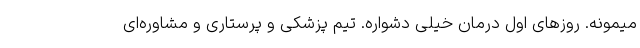
میمونه. روزهای اول درمان خیلی دشواره. تیم پزشکی و پرستاری و مشاوره‌ای